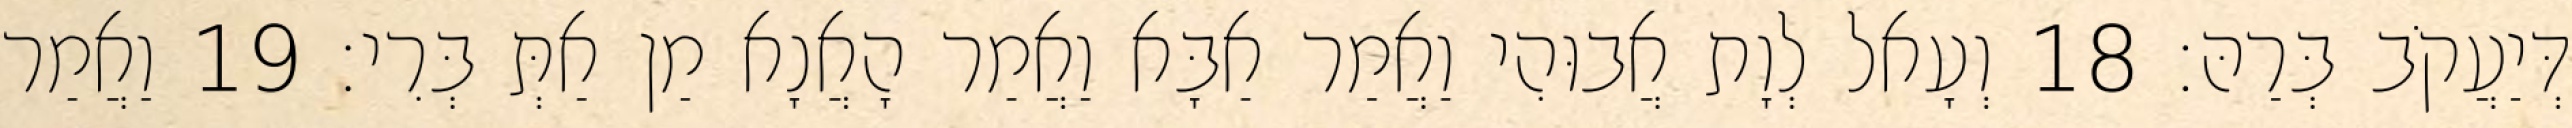
דְּיַעֲקֹב בְּרַהּ׃ 18 וְעָאל לְוָת אֲבוּהִי וַאֲמַר אַבָּא וַאֲמַר הָאֲנָא מַן אַתְּ בְּרִי׃ 19 וַאֲמַר